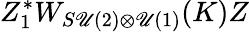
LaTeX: Z_{1}^{*}W_{S\mathscr{U}(2)\otimes\mathscr{U}(1)}(K)Z